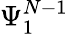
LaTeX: \Psi_{1}^{N-1}